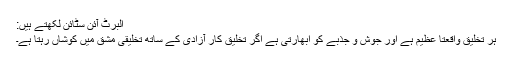
البرٹ آئن سٹائن لکھتے ہیں:
ہر تخلیق واقعتا عظیم ہے اور جوش و جذبے کو اُبھارتی ہے اگر تخلیق کار آزادی کے ساتھ تخلیقی مشق میں کوشاں رہتا ہے۔